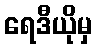
ရေဒီယိုမှ